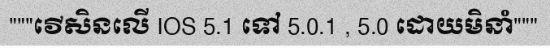
"""វើសិនលើ IOS 5.1 ទៅ 5.0.1 , 5.0 ដោយមិនាំ"""